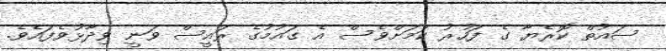
ސައުތް ކޮރެޔާ ގެ ފަހުރު ކަމަށްވެސް އެ ގައުމުގެ ރައީސް ވަނީ ވިދާޅުވެފައެވެ.